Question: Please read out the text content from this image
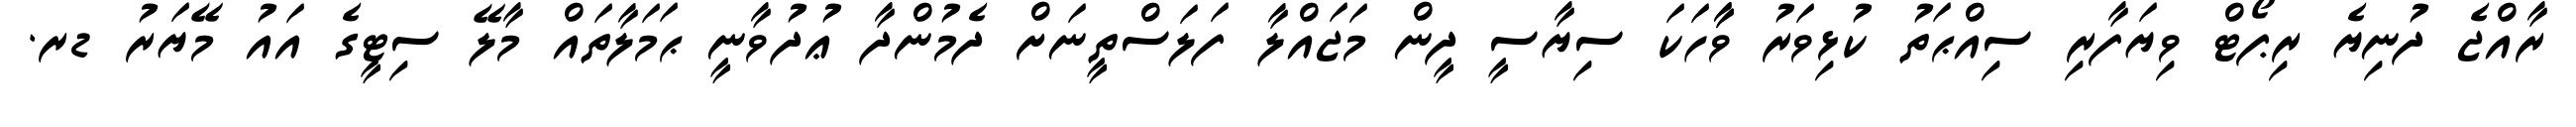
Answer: ރާއްޖެ ދުނިޔެ ރިޕޯޓް ވިޔަފާރި ސިއްޙަތު ކުޅިވަރު ވާާހަކަ ސިޔާސީ ދީން މަޖައްލާ ފަލަސްތީނަށް ދެމުންދާ ޢުދުވާނީ ޙަމަލާތައް މާލޭ ސިޓީގެ އައު މޭޔަރު ޑރ.